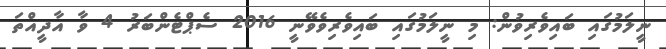
ނީލަމުގައި ބައިވެރިވުން: މި ނީލަމުގައި ބައިވެރިވެވޭނީ 2016 ސެޕްޓެންބަރު 4 ވާ އާދީއްތަ